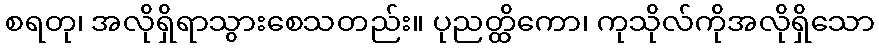
စရတု၊ အလိုရှိရာသွားစေသတည်း။ ပုညတ္ထိကော၊ ကုသိုလ်ကိုအလိုရှိသော